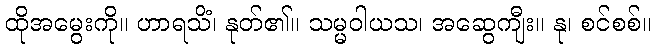
ထိုအမွေးကို။ ဟာရသိံ၊ နုတ်၏။ သမ္မဝါယသ၊ အဆွေကျီး။ နု၊ စင်စစ်။